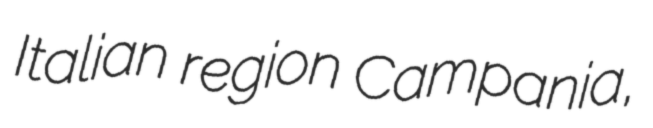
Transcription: Italian region Campania,